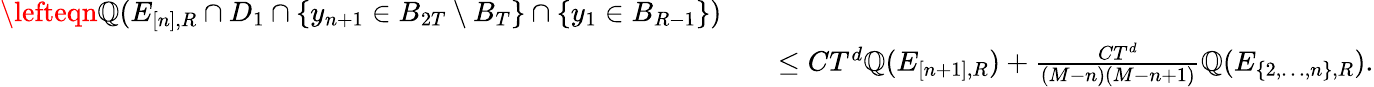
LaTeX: \begin{array}{rl}{\lefteqn{\mathbb Q(E_{[n],R}\cap D_{1}\cap\{ y_{n+1}\in B_{2T}\setminus B_{T}\} \cap\{ y_{1}\in B_{R-1}\} )}\quad}&{}\\ &{\leq CT^{d}\mathbb Q(E_{[n+1],R})+\frac{CT^{d}}{(M-n)(M-n+1)}\mathbb Q(E_{\{ 2,\ldots,n\} ,R}).}\end{array}